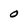
Character: O